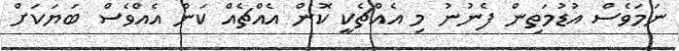
ނަމަވެސް އުޑުމަތިން ފެނުނު މި އެއްޗެކީ ކޮން އެއްޗެއް ކަން އެއްވެސް ބަޔަކަށް